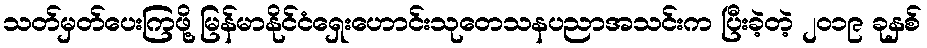
သတ်မှတ်ပေးကြဖို့ မြန်မာနိုင်ငံရှေးဟောင်းသုတေသနပညာအသင်းက ပြီးခဲ့တဲ့ ၂၀၁၉ ခုနှစ်